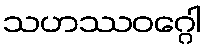
သဟဿဝဂ္ဂေါ